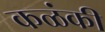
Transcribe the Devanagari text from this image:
कळंकी